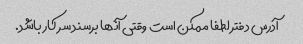
آدرس دفتر لطفا ممکن است وقتی آنها برسند سر کار باشد.